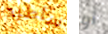
سأطرد أو